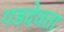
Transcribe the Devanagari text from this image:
गडदेवता